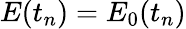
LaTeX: E(t_{n})=E_{0}(t_{n})